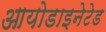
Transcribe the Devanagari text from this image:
आयोडाइनेटेड